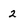
Character: 2